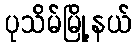
ပုသိမ်မြို့နယ်